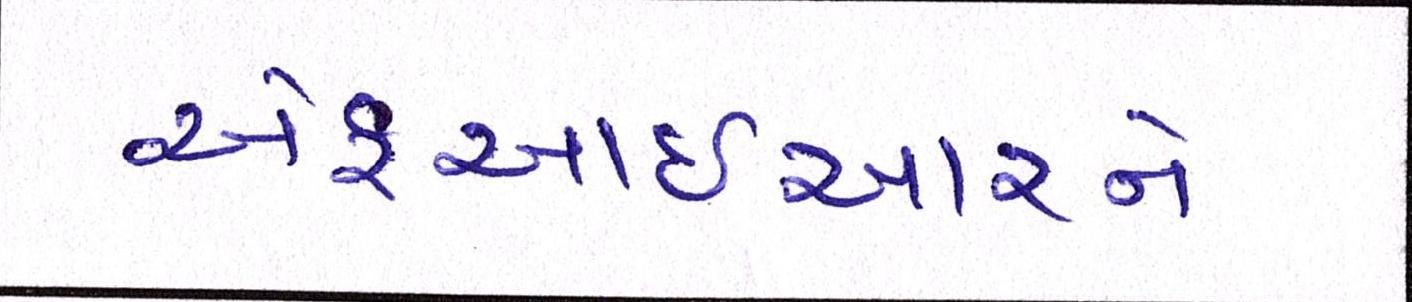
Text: એફઆઈઆરને